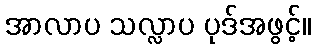
အာလာပ သလ္လာပ ပုဒ်အဖွင့်။